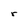
Character: r